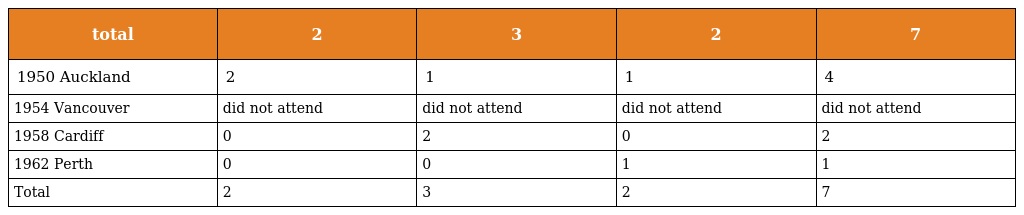
| total | 2 | 3 | 2 | 7 |
 | --- | --- | --- | --- | --- |
 | 1950 Auckland | 2 | 1 | 1 | 4 |
 | 1954 Vancouver | did not attend | did not attend | did not attend | did not attend |
 | 1958 Cardiff | 0 | 2 | 0 | 2 |
 | 1962 Perth | 0 | 0 | 1 | 1 |
 | Total | 2 | 3 | 2 | 7 |